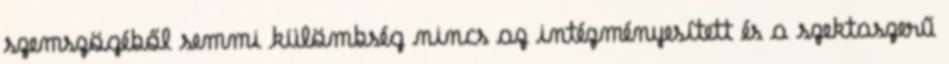
szemszögéből semmi külömbség nincs az intézményesített és a szektaszerű